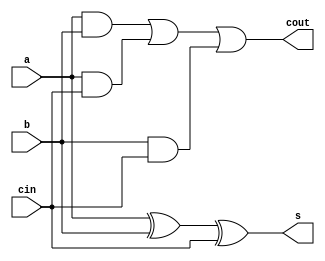
`timescale 1ns / 1ps
//////////////////////////////////////////////////////////////////////////////////
// Company: 
// Engineer: 
// 
// Design Name: 
// Module Name:    full_adder
// Project Name: 
// Target Devices: 
// Tool versions: 
// Description: 
//
// Dependencies: 
//
// Revision: 
// Revision 0.01 - File Created
// Additional Comments: 
//
//////////////////////////////////////////////////////////////////////////////////


module full_adder(input a,b,cin,output s,cout);
  assign s=a^b^cin;
  assign cout=(a&b)|(a&cin)|(b&cin);
  
endmodule